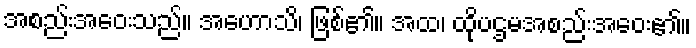
အစည်းအဝေးသည်။ အဟောသိ၊ ဖြစ်၏။ အထ၊ ထိုပဌမအစည်းအဝေး၏။